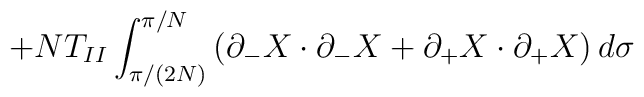
+NT_{II}\int_{\pi/(2N)}^{\pi/N}\left( \partial_-X\cdot \partial_-X+\partial_+X\cdot \partial_+X \right) d\sigma